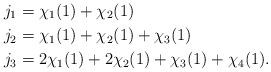
LaTeX: \begin{align*}j_1&=\chi_1(1)+\chi_2(1)\\j_2&=\chi_1(1)+\chi_2(1)+\chi_3(1)\\j_3&=2\chi_1(1)+2\chi_2(1)+\chi_3(1)+\chi_4(1).\end{align*}